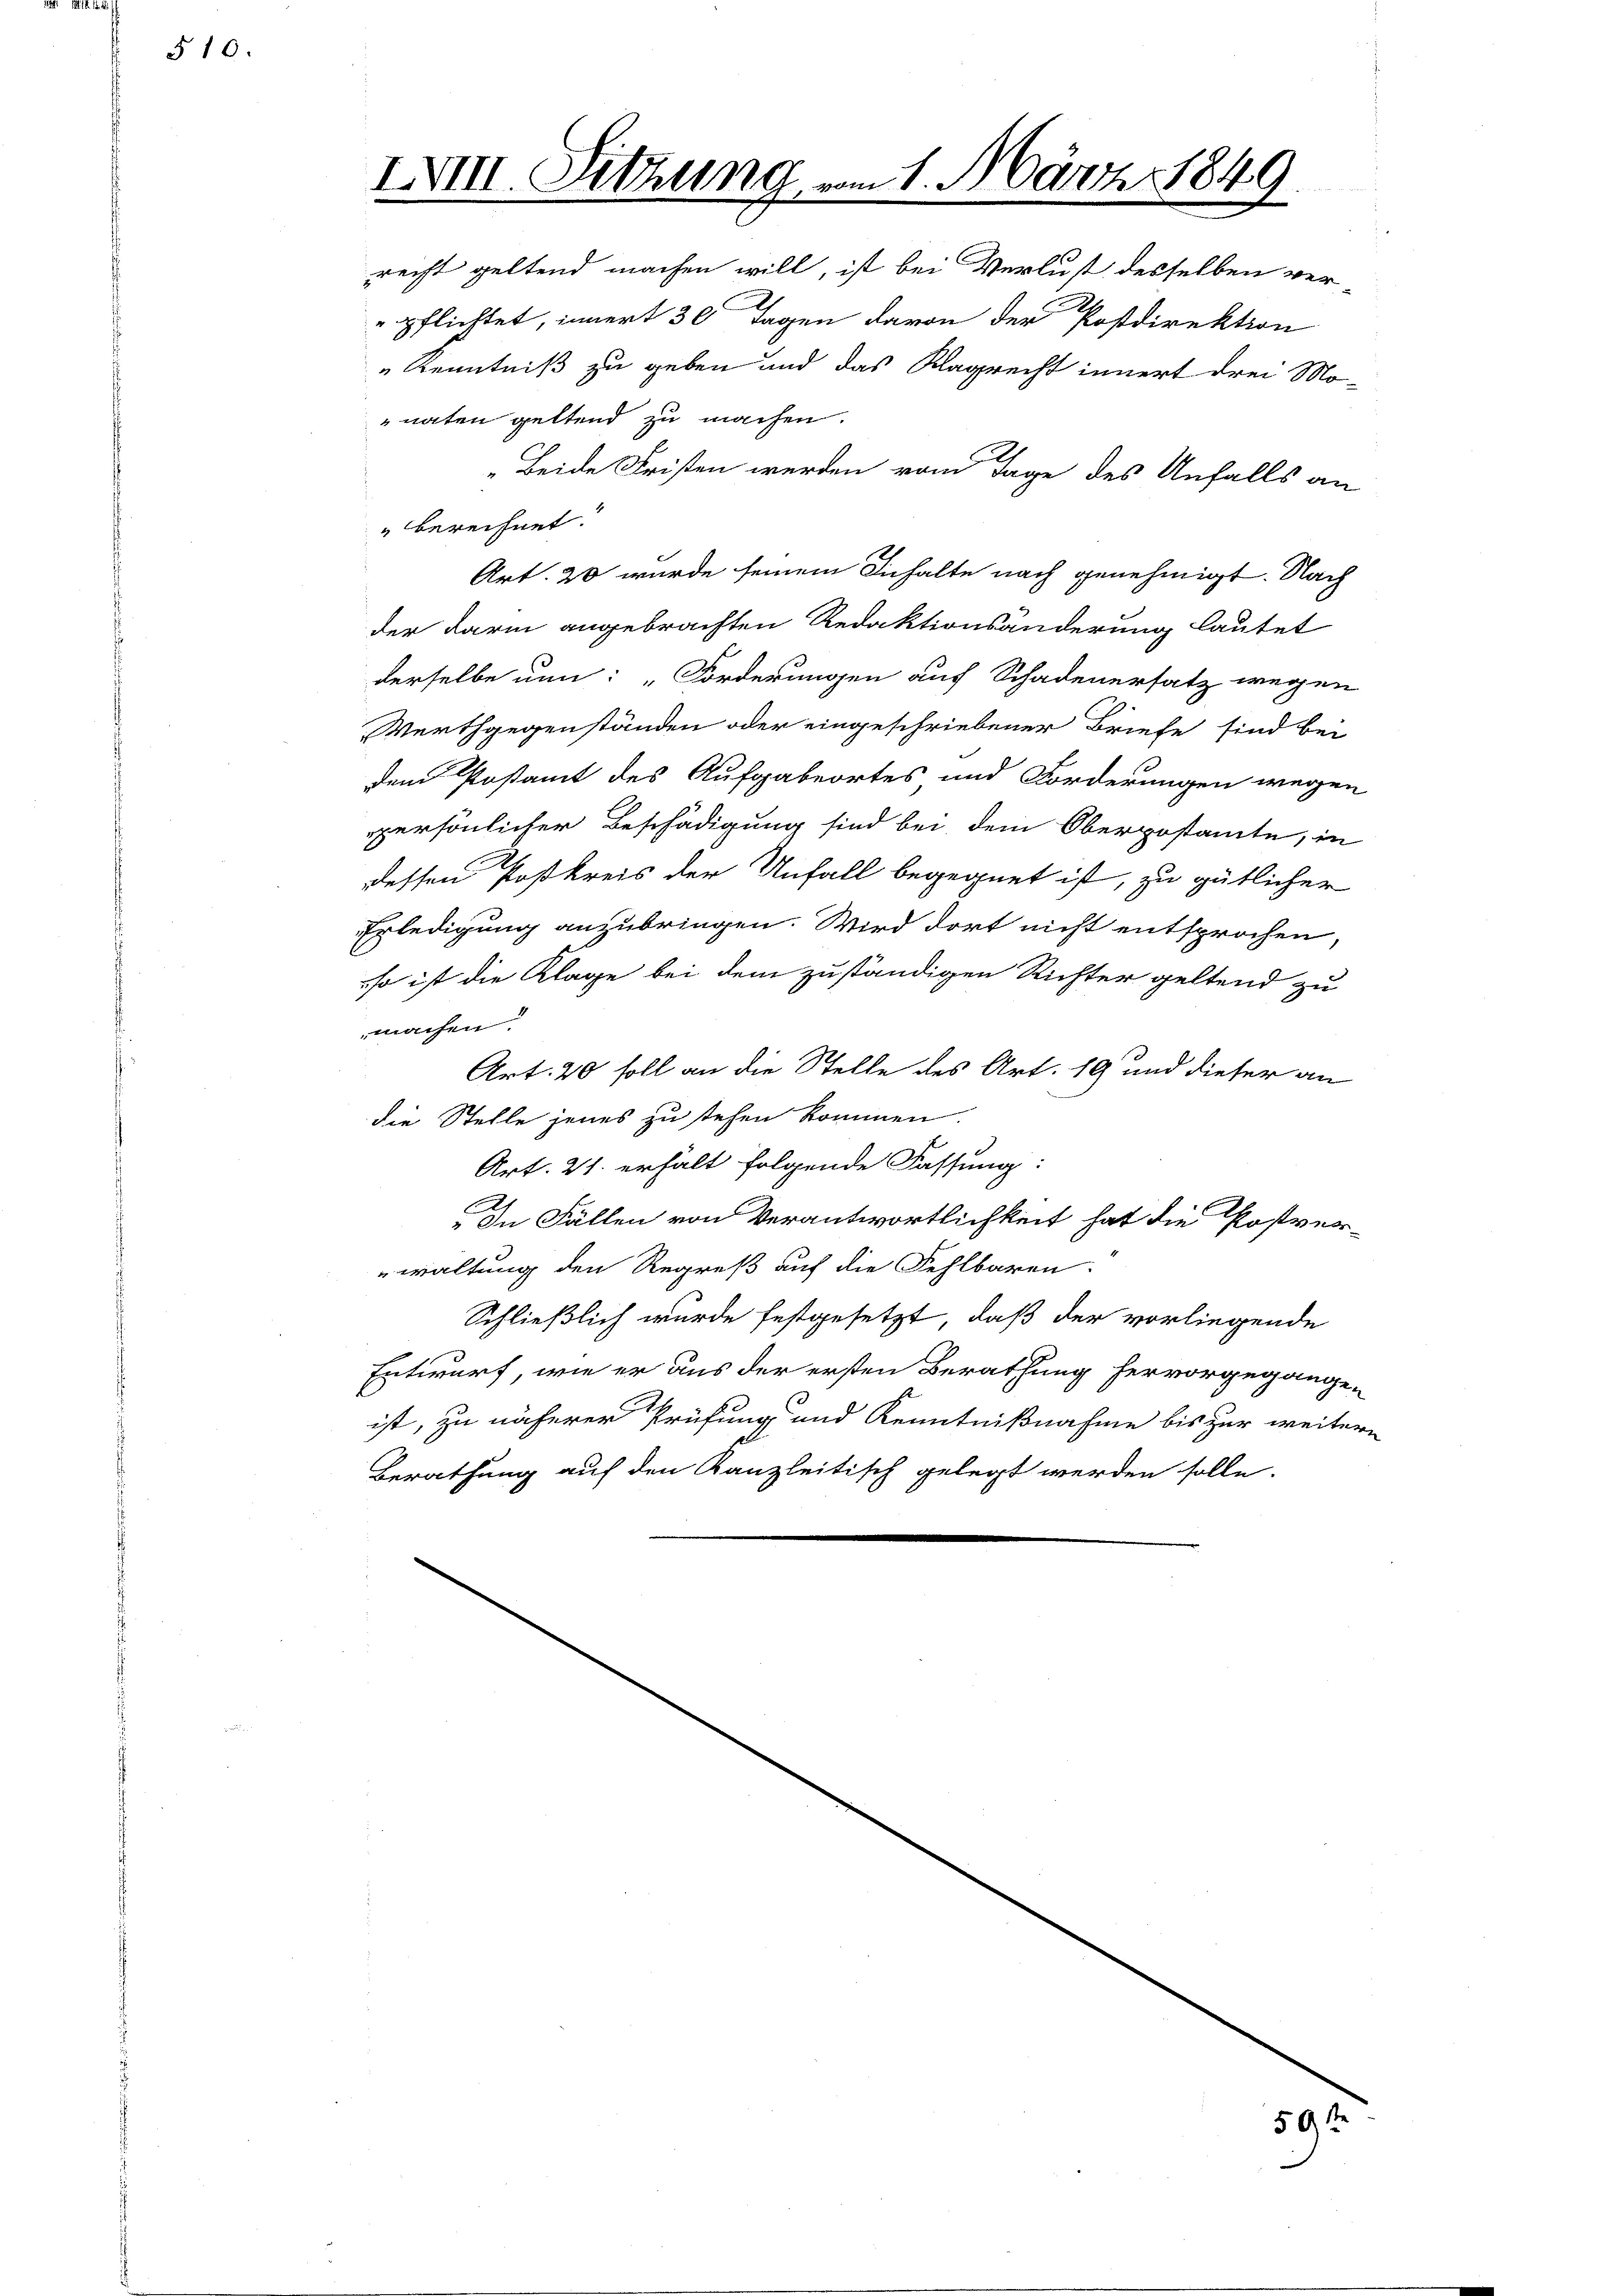
§10.

IVIII. Sitzung

recht geltend machen will, ist bei Verlust desselben verpflichtet, innert 30 Tagen davon der Postdirektion
Kenntniß zu geben und das Klagrecht innert drei Mo-
naten geltend zu machen.
Beide Fristen werden vom Tage des Unfalls an
" berechnet.
Art. 20 wurde seinem Inhalte nach genehmigt. Nach
der darin angebrachten Redaktionsänderung lautet
derselbe nun: "Forderungen auf Schadenersatz wegen
Werthgegenständen oder eingeschriebener Briefe sind bei
dem Postamt des Aufgabeortes und Forderungen wegen
persönlicher Beschädigung sind bei dem Oberpostamte, in
dessen Poßkreis der Unfall begegnet ist, zu gütlicher
Erledigung anzubringen. Wird dort nicht entsprochen,
so ist die Klage bei dem zuständigen Richter geltend zu
machen
Art. 20 soll an die Stelle des Art. 19 und dieser an
die Stelle jenes zu stehen kommen.
Art. 21. erhält folgende Fassung:
In Fällen von Verantwortlichkeit hat die Postver-
waltung den Regreß auf die Fehlbaren.
Schließlich wurde festgesetzt, daß der vorliegende
Entwurf, wie er aus der ersten Berathung hervorgegangen
ist, zu näherer Prüfung und Kenntnißnahme bis zur weitern
Berathung auf den Kanzleitisch gelegt werden solle.

4. März 1849.

a